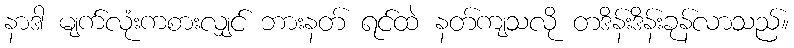
နာဒါ မျက်လုံးကစားလျှင် ဘားနတ် ရင်ထဲ နတ်ကျသလို တဒိန်းဒိန်းခုန်လာသည်။